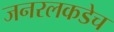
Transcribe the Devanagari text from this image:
जनरलकडेच